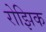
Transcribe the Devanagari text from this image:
रोझिक